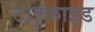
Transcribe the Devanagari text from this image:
टाइफ़ाइड